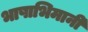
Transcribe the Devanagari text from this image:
भाषाभिमानी